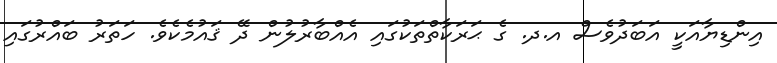
އިންޑިޔާއަކީ އަބަދުވެސް އ.ދ. ގެ ޙަރަކާތްތަކުގައި އެއްބާރުލުން ދޭ ޤައުމެކެވެ. ހަތަރު ބައްރުގައި